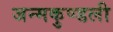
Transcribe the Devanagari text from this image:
जन्‍मकुण्‍डली